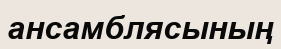
ансамблясының